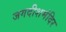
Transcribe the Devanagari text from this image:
जगदीशमंदिर